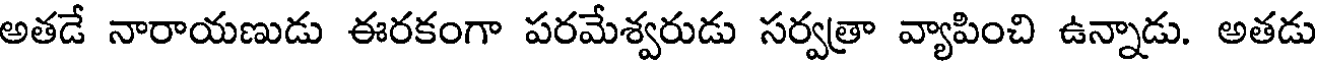
అతడే నారాయణుడు ఈరకంగా పరమేశ్వరుడు సర్వత్రా వ్యాపించి ఉన్నాడు. అతడు